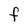
Character: F